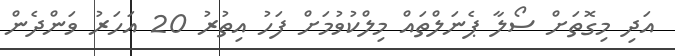
އަދި މިގޮތަށް ސޯލާ ޕެނަލްތައް މިލްކުވުމަށް ފަހު އިތުރު 20 އަހަރު ވަންދެން